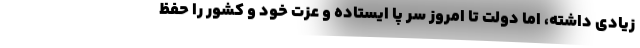
زیادی داشته، اما دولت تا امروز سر پا ایستاده و عزت خود و کشور را حفظ